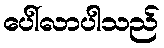
ပေါ်လာပါသည်